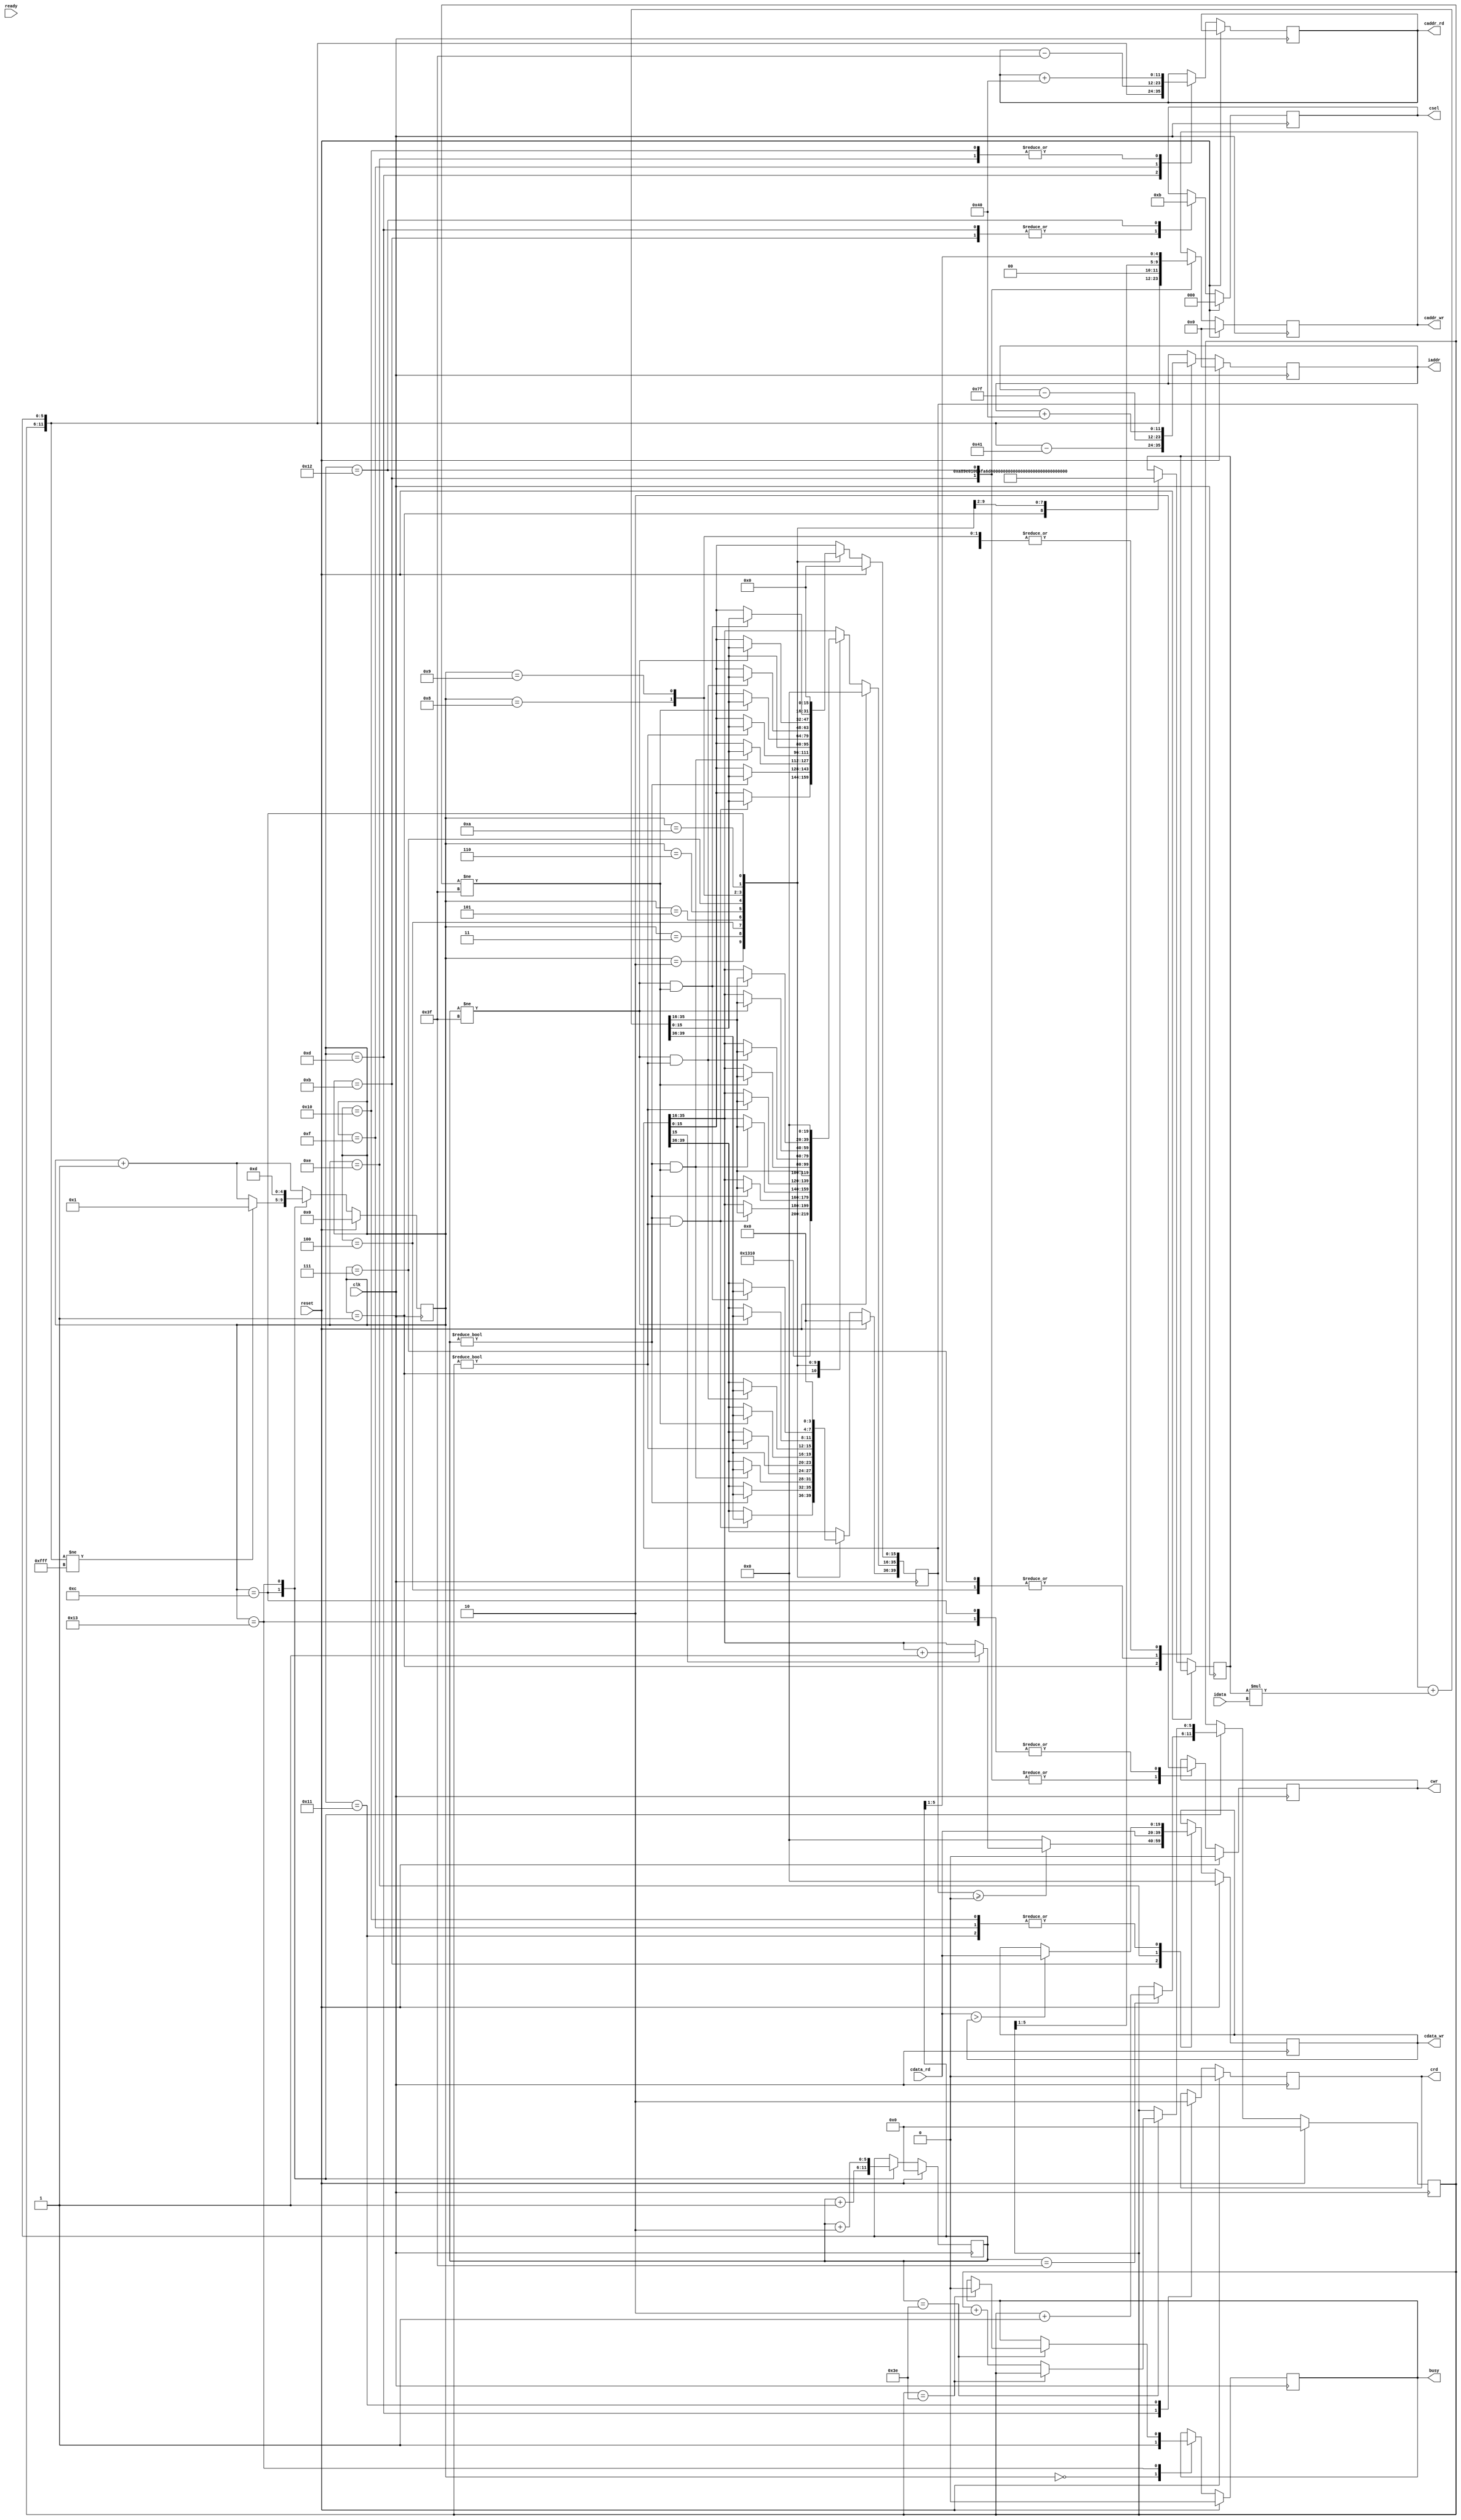
`timescale 1ns/10ps
module  CONV(clk,		reset,	busy,	ready,	 iaddr,	idata,	cwr, caddr_wr, cdata_wr, crd, caddr_rd ,cdata_rd ,csel);
input		clk;
input		reset;
output  reg	busy;	
input		ready;	
          
output  reg [11:0] iaddr;
input  signed [19:0] idata;  //signed

output  reg             cwr;
output  reg [11:0] caddr_wr;
output  reg [19:0] cdata_wr; //signed

output  reg 	        crd;
output  reg [11:0] caddr_rd;
input	    [19:0] cdata_rd; //signed

output  reg [2:0]      csel;

parameter k0 = 20'h0A89E,
          k1 = 20'h01004,
          k2 = 20'hFA6D7,
          k3 = 20'h092D5,
          k4 = 20'hF8F71,
          k5 = 20'hFC834,
          k6 = 20'h06D43,
          k7 = 20'hF6E54,
          k8 = 20'hFAC19,
          bias = 20'h01310;

reg signed[19:0] temp ;
reg signed[39:0]sum;
wire signed[39:0]mul ;
assign mul = temp * idata;

reg [4:0] state;

reg [5:0]x,y;
wire [11:0] position ;
assign position = {y,x};

/* 
  order 
  0 | 3 | 6
  1 | 4 | 7
  2 | 5 | 8
*/

always@(posedge clk)begin
     if(reset)begin
          x <= 0;
          y <= 0;
          sum <= 0;
          state <= 0;
        
          busy <= 0;
          iaddr <= 0;

          cwr <= 0;
          caddr_wr <= 0;
          cdata_wr <= 0;
          
          crd <= 0;
          csel <= 0;
     end
     else begin
          case(state)
               0:begin
                    busy <= 1;
                 end
               1:begin
	               sum[35:16] <= bias;	
                    iaddr <= position - 65;
                    temp <= k0;
                 end
               2:begin
                    iaddr <= iaddr + 64;
                    temp <= k1;
                    if(x != 0 && y != 0)
                         sum <= sum + mul ;
                 end
               3:begin
                    iaddr <= iaddr + 64;
                    temp <= k2;

                    if(x != 0 )
                         sum <= sum + mul ;
                 end  
               4:begin
                    iaddr <= iaddr -127;
                    temp <= k3;

                    if(x != 0 && y != 63)
                         sum <= sum + mul;
                 end 
               5:begin
                    iaddr <= iaddr + 64;
                    temp  <= k4;

                    if(y != 0 )
                         sum <= sum + mul;
                 end 
               6:begin
                    iaddr <= iaddr + 64;
                    temp <=  k5;

                    sum <= sum + mul;
                 end   
               7:begin
                    iaddr <= iaddr -127;
                    temp <=  k6;
                    
                    if(y != 63 )
                         sum <= sum + mul;
                 end   
               8:begin
                    iaddr <= iaddr + 64;
                    temp <= k7;

                    if(x != 63 && y != 0 )
                         sum <= sum + mul;
                 end   
               9:begin
                    iaddr <= iaddr + 64;
                    temp <= k8;

                    if(x != 63 )
                         sum <= sum + mul;
                 end     
               10:begin
                    if(x != 63 && y != 63 )
                         sum <= sum + mul;
                 end   
              11:begin   // Write level 0
                    cwr <= 1;
                    caddr_wr <= position;
                    csel <= 1;
                    
                    cdata_wr <= 0;
                    if( sum >= 0)begin
                         if(sum[15] == 1) //rounding 
                              cdata_wr <= sum[35:16] +1;
                         else
                              cdata_wr <= sum[35:16] ;
                    end                           
                    end 
             12:begin
                    cwr <= 0;
                    sum <= 0;

                    x <= x+1;
                    if(x==63)
                         y <= y+1;
                    end  
             13 : begin
                    csel <= 1;
                    crd <= 1;
                    caddr_rd <= position;
                    end
            14 : begin
                    caddr_rd <= caddr_rd + 64;
                    cdata_wr <= cdata_rd;
                    end
            15 : begin
                    caddr_rd <= caddr_rd - 63;
                    if(cdata_rd > cdata_wr)
                         cdata_wr <= cdata_rd;
                    end
           16 : begin
                    caddr_rd <= caddr_rd + 64;
                    if(cdata_rd > cdata_wr)
                         cdata_wr <= cdata_rd;
                    end
            17 : begin
                    crd <= 0;
                    if(cdata_rd > cdata_wr)
                         cdata_wr <= cdata_rd;
                    end   
            18 : begin // write level 1
                    csel <= 3;
                    cwr <= 1;
                    caddr_wr <= { y[5:1], x[5:1]};
                  end
            19: begin                             
                    cwr <= 0;
                    x <= x + 2;
                    if(x == 62)begin
                         if(y == 62)
                              busy <= 0;
                         else     
                              y <= y + 2;
                    end
                end
     endcase

          state <= state + 1 ; 
          case(state)
               12 : if(position != 4095) state <= 1; 
               19 : state <= 13;    
	     endcase
          end     
     end
endmodule

// cycle time : 80   area : 21950.776962